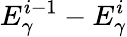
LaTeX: E_{\gamma}^{i-1}-E_{\gamma}^{i}